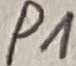
Text: P1